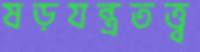
ষড়যন্ত্রতত্ত্ব